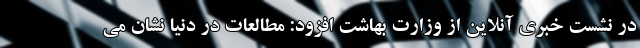
در نشست خبری آنلاین از وزارت بهاشت افزود: مطالعات در دنیا نشان می